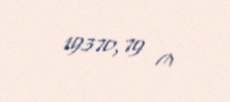
19370,79 ₼